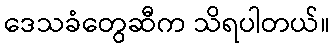
ဒေသခံတွေဆီက သိရပါတယ်။